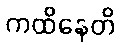
ကထိနေတိ